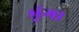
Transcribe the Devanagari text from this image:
भृंग।